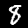
Digit: 8